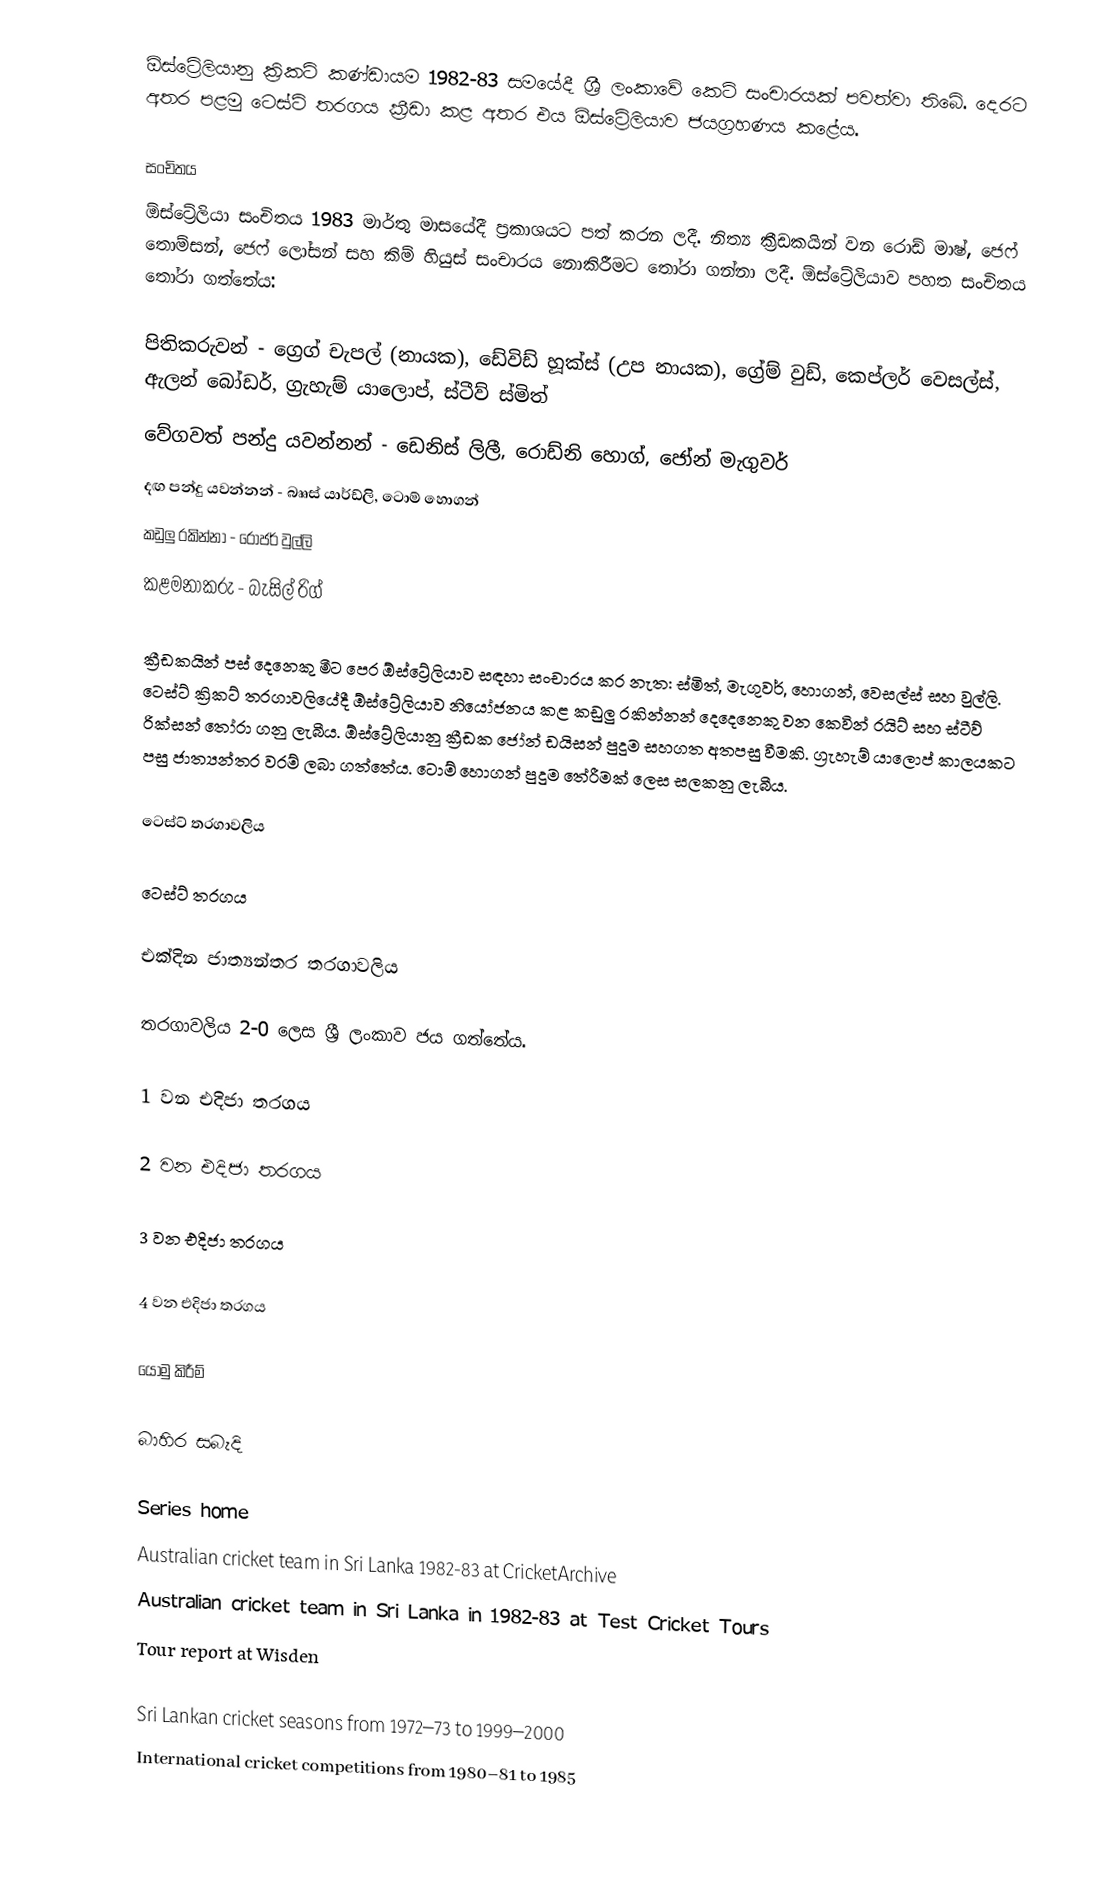
ඕස්ට්‍රේලියානු ක්‍රිකට් කණ්ඩායම 1982-83 සමයේදී ශ්‍රී ලංකාවේ කෙටි සංචාරයක් පවත්වා තිබේ. දෙරට අතර පළමු ටෙස්ට් තරගය ක්‍රීඩා කළ අතර එය ඕස්ට්‍රේලියාව ජයග්‍රහණය කළේය.

සංචිතය
ඕස්ට්‍රේලියා සංචිතය 1983 මාර්තු මාසයේදී ප්‍රකාශයට පත් කරන ලදී. නිත්‍ය ක්‍රීඩකයින් වන රොඩ් මාෂ්, ජෙෆ් තොම්සන්, ජෙෆ් ලෝසන් සහ කිම් හියුස් සංචාරය නොකිරීමට තෝරා ගන්නා ලදී. ඕස්ට්‍රේලියාව පහත සංචිතය තෝරා ගත්තේය:

 පිතිකරුවන් - ග්‍රෙග් චැපල් (නායක), ඩේවිඩ් හූක්ස් (උප නායක), ග්‍රේම් වුඩ්, කෙප්ලර් වෙසල්ස්, ඇලන් බෝඩර්, ග්‍රැහැම් යාලොප්, ස්ටීව් ස්මිත්
 වේගවත් පන්දු යවන්නන් - ඩෙනිස් ලිලී, රොඩ්නි හොග්, ජෝන් මැගුවර්
 දඟ පන්දු යවන්නන් - බෲස් යාර්ඩ්ලි, ටොම් හොගන්
 කඩුලු රකින්නා - රොජර් වුල්ලි
 කළමනාකරු - බැසිල් රිග්

ක්‍රීඩකයින් පස් දෙනෙකු මීට පෙර ඕස්ට්‍රේලියාව සඳහා සංචාරය කර නැත: ස්මිත්, මැගුවර්, හොගන්, වෙසල්ස් සහ වුල්ලි. ටෙස්ට් ක්‍රිකට් තරගාවලියේදී ඕස්ට්‍රේලියාව නියෝජනය කළ  කඩුලු රකින්නන් දෙදෙනෙකු වන කෙවින් රයිට් සහ ස්ටීව් රික්සන් තෝරා ගනු ලැබීය.  ඕස්ට්‍රේලියානු ක්‍රීඩක ජෝන් ඩයිසන් පුදුම සහගත අතපසු වීමකි. ග්‍රැහැම් යාලොප් කාලයකට පසු ජාත්‍යන්තර වරම් ලබා ගත්තේය. ටොම් හොගන් පුදුම තේරීමක් ලෙස සලකනු ලැබීය.

ටෙස්ට් තරගාවලිය

ටෙස්ට් තරගය

එක්දින ජාත්‍යන්තර තරගාවලිය

තරගාවලිය 2-0 ලෙස ශ්‍රී ලංකාව ජය ගත්තේය.

1 වන එදිජා තරගය

2 වන එදිජා තරගය

3 වන එදිජා තරගය

4 වන එදිජා තරගය

යොමු කිරීම්

බාහිර සබැදි

 Series home
 Australian cricket team in Sri Lanka 1982-83 at CricketArchive
 Australian cricket team in Sri Lanka in 1982-83 at Test Cricket Tours
 Tour report at Wisden

Sri Lankan cricket seasons from 1972–73 to 1999–2000
International cricket competitions from 1980–81 to 1985